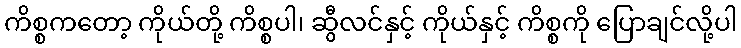
ကိစ္စကတော့ ကိုယ်တို့ ကိစ္စပါ၊ ဆွီလင်နှင့် ကိုယ်နှင့် ကိစ္စကို ပြောချင်လို့ပါ